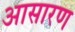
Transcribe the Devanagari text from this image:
आसारण